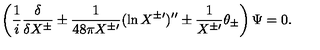
\left( \frac { 1 } { i } \frac { \delta } { \delta X ^ { \pm } } \pm \frac { 1 } { 4 8 \pi X ^ { \pm \prime } } ( \ln X ^ { \pm \prime } ) ^ { \prime \prime } \pm \frac { 1 } { X ^ { \pm \prime } } \theta _ { \pm } \right) \Psi = 0 .